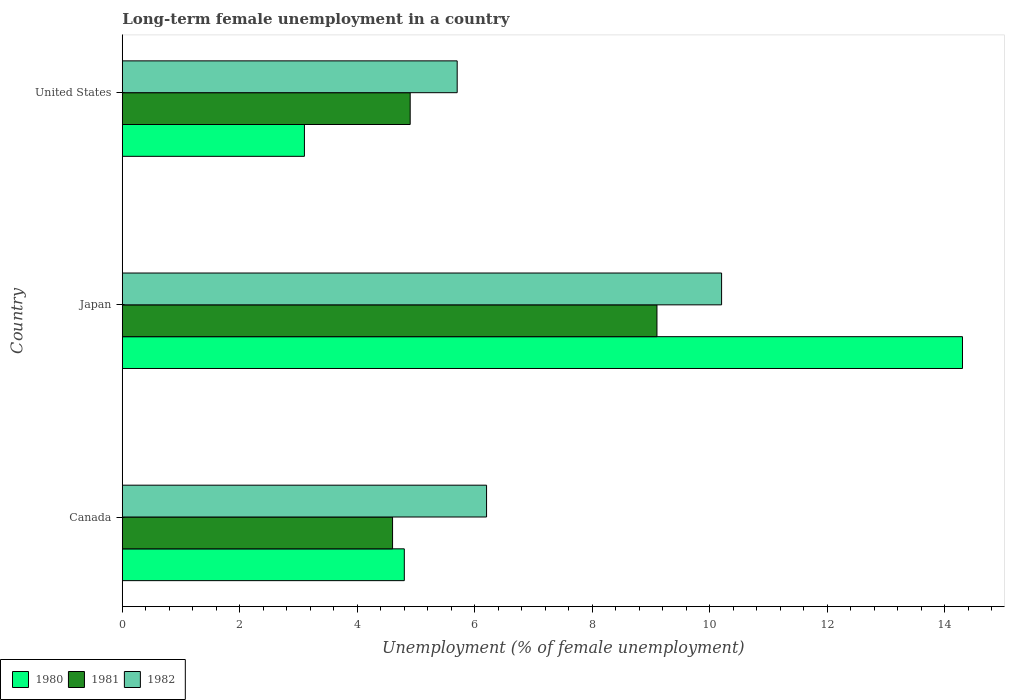
| Country | 1980 | 1981 | 1982 |
 | --- | --- | --- | --- |
 | Canada | 4.8 | 4.6 | 6.2 |
 | Japan | 14.3 | 9.1 | 10.2 |
 | United States | 3.1 | 4.9 | 5.7 |